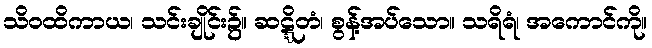
သိဝထိကာယ၊ သင်းချိုင်း၌။ ဆဋ္ဋိတံ၊ စွန့်အပ်သော။ သရိရံ၊ အကောင်ကို။